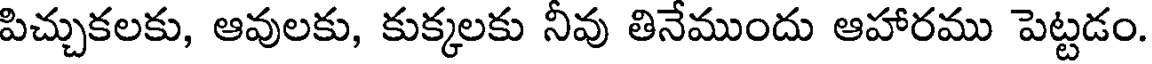
పిచ్చుకలకు, ఆవులకు, కుక్కలకు నీవు తినేముందు ఆహారము పెట్టడం